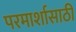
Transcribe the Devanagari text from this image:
परमार्शासाठी